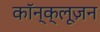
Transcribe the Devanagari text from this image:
कॉन्क्लूज़न